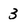
Character: 3